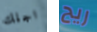
اجلك ريح